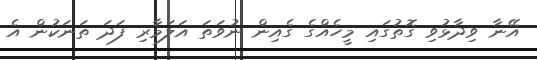
އޭނާ ވިދާޅުވި ގޮތުގައި މީހެެއްގެ ގެއިން ނުވަތަ އަލަމާރި ފަދަ ތަނަކުން އެ